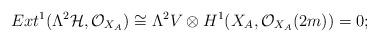
LaTeX: \begin{align*}Ext^{1}(\Lambda^{2}\mathcal{H},\mathcal{O}_{X_{A}})\cong\Lambda^{2}V\otimes H^{1}(X_{A},\mathcal{O}_{X_{A}}(2m))=0;\end{align*}